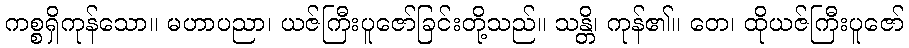
ကစ္စရှိကုန်သော။ မဟာပညာ၊ ယဇ်ကြီးပူဇော်ခြင်းတို့သည်။ သန္တိ၊ ကုန်၏။ တေ၊ ထိုယဇ်ကြီးပူဇော်